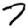
Digit: 7